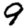
Digit: 9